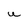
Character: u